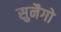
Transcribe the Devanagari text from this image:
सुनैगो